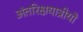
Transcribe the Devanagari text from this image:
अंतरिक्षयात्रीयो